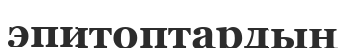
эпитоптардың